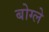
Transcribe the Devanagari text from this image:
बोग्ले